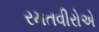
રમતવીરોએ